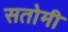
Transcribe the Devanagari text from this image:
सतोमी